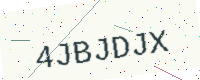
Text: 4JBJDJX